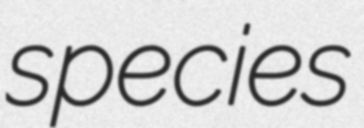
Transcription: species